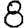
Digit: 8